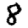
Digit: 8